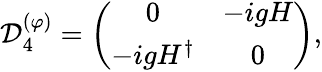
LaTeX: {\cal D}_{4}^{(\varphi)}=\left(\begin{array}{cc}{{0}}&{{-igH}}\\ {{-igH^{\dagger}}}&{{0}}\end{array}\right),